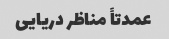
عمدتاً مناظر دریایی